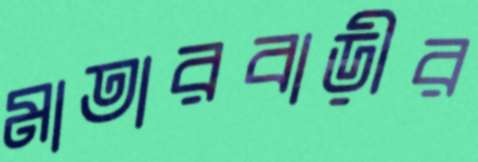
মাতারবাড়ীর